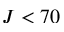
J < 7 0